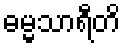
ဓမ္မသာရီတိ